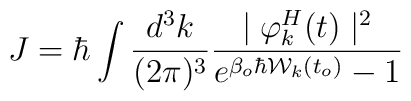
J =\hbar\int \frac{d^3k}{(2\pi)^3}\frac{\mid \varphi^H_k(t) \mid^2}{e^{\beta_o\hbar {\cal{W}}_k(t_o)}-1}